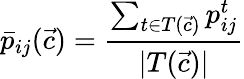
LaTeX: \bar{p}_{ij}(\vec{c})=\frac{\sum_{t\in T(\vec{c})}p_{ij}^{t}}{|T(\vec{c})|}